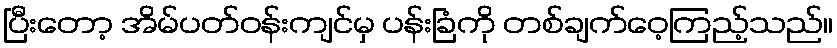
ပြီးတော့ အိမ်ပတ်ဝန်းကျင်မှ ပန်းခြံကို တစ်ချက်ဝေ့ကြည့်သည်။